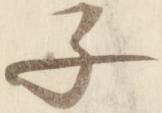
子